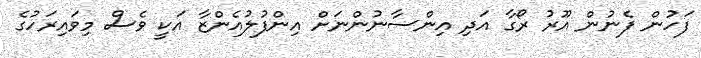
ފަހުން ފެނުން އޫރު ރޯގާ އަދި އިންސާނުންނަށް އިންފުލުއެންޒާ އަކީ ވެސް މިވައިރަހުގެ